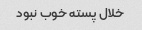
خلال پسته خوب نبود